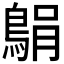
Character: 𫚼